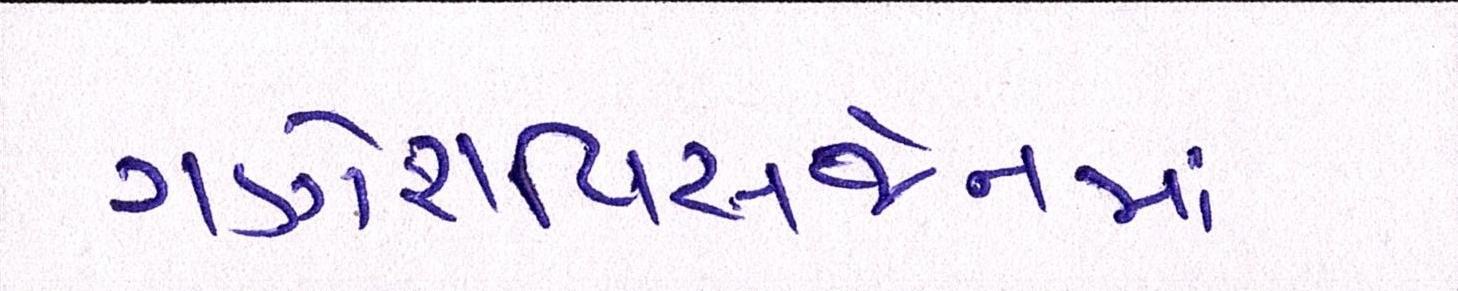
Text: ગણેશવિસર્જનમાં